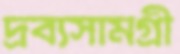
দ্রব্যসামগ্রী